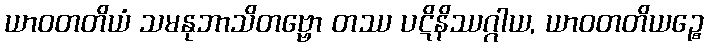
ယာဝတတိယံ သမနုဘာသိတဗ္ဗော တဿ ပဋိနိဿဂ္ဂါယ, ယာဝတတိယဉ္စေ